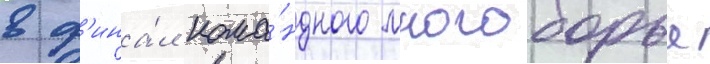
в ф'ина́л кома́ндного многоборья